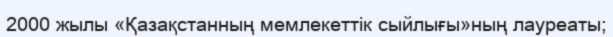
2000 жылы «Қазақстанның мемлекеттік сыйлығы»ның лауреаты;